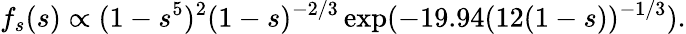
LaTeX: f_{s}(s)\propto(1-s^{5})^{2}(1-s)^{-2/3}\exp(-19.94(12(1-s))^{-1/3}).